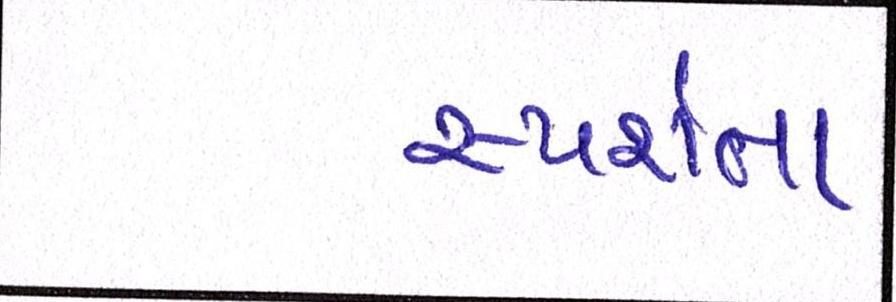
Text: સ્પર્શતા